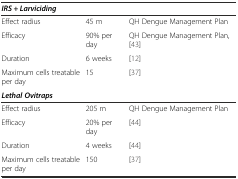
<table><thead><tr><td colspan="3"><b><i>IRS + Larviciding</i></b></td></tr></thead><tbody><tr><td>Effect radius</td><td>45 m</td><td>QH Dengue Management Plan</td></tr><tr><td>Efficacy</td><td>90% per day</td><td>QH Dengue Management Plan, [43]</td></tr><tr><td>Duration</td><td>6 weeks</td><td>[12]</td></tr><tr><td>Maximum cells treatable per day</td><td>15</td><td>[37]</td></tr><tr><td colspan="3"><b><i>Lethal Ovitraps</i></b></td></tr><tr><td>Effect radius</td><td>205 m</td><td>QH Dengue Management Plan</td></tr><tr><td>Efficacy</td><td>20% per day</td><td>[44]</td></tr><tr><td>Duration</td><td>4 weeks</td><td>[44]</td></tr><tr><td>Maximum cells treatable per day</td><td>150</td><td>[37]</td></tr></tbody></table>